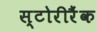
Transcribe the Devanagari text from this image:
स्टोरीरैंक